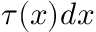
\tau ( x ) d x